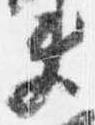
夫